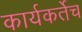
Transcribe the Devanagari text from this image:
कार्यकर्तेच